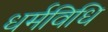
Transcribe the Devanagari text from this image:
धर्मविधि